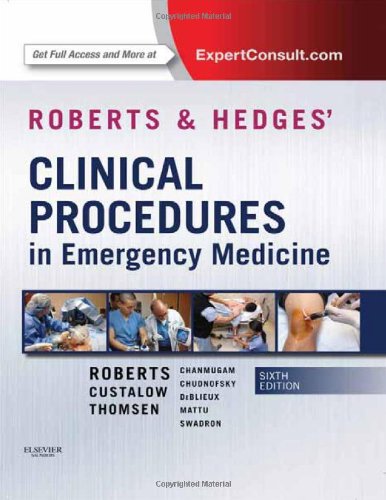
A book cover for Roberts and Hedges' Clinical Procedures in Emergency Medicine, 6e (Roberts, Clinical Procedures in Emergency Medicine); James R. Roberts MD  FACEP  FAAEM  FACMT; Medical Books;